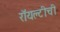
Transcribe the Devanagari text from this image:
रॉयल्टीची